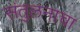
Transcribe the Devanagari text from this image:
संतुलनाचा